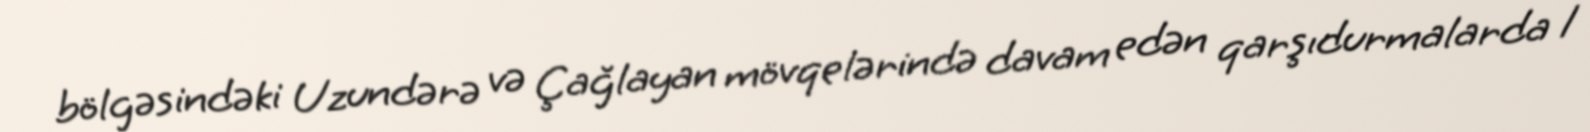
bölgəsindəki Uzundərə və Çağlayan mövqelərində davam edən qarşıdurmalarda 1